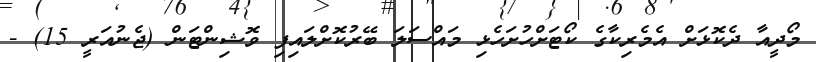
މޯދީއާ ދެކޮޅަށް އެމެރިކާގެ ކޯޓަށްހުށަހެޅި މައްސަލަ ބޭރުކޮށްލައިފި ވޮޝިންޓަން (ޖެނުއަރީ 15) -